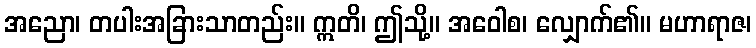
အညော၊ တပါးအခြားသာတည်း။ ဣတိ၊ ဤသို့။ အဝေါစ၊ လျှောက်၏။ မဟာရာဇ၊